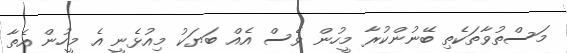
މަސްތުވާތަކެތި ބޭނުންކުރާ މީހުން ވެސް އެއް ބަޔަކު މިއުޅެނީ އެ މީހުން އެތާ